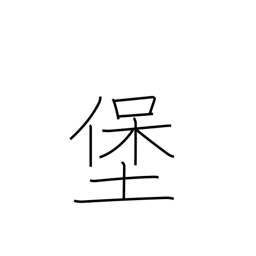
Meaning: fort